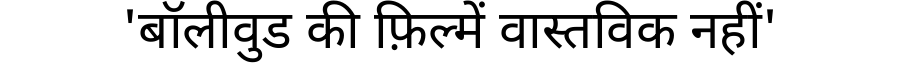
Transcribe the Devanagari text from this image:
'बॉलीवुड की फ़िल्में वास्तविक नहीं'